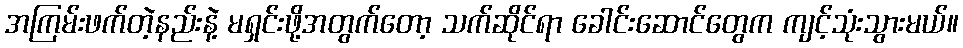
အကြမ်းဖက်တဲ့နည်းနဲ့ မရှင်းဖို့အတွက်တော့ သက်ဆိုင်ရာ ခေါင်းဆောင်တွေက ကျင့်သုံးသွားမယ်။